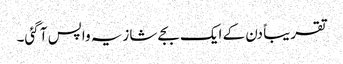
تقریباً دن کے ایک بجے شازیہ واپس آ گئی۔